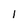
Character: l